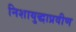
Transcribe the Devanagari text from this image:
निशायुद्धाप्रवीण